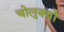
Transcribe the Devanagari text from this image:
चोलुक्यों